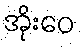
အိုးဝေ